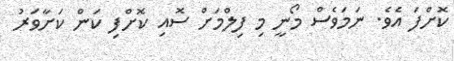
ކޮށްފަ އެވެ. ނަމަވެސް މޯނީ މި ފިލްމަށް ސޮއި ކޮށްފި ކަން ކަށާވަރު